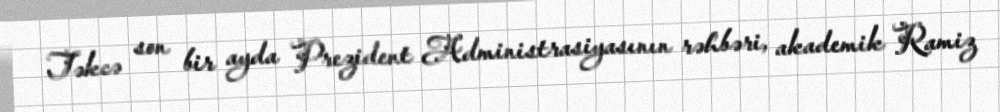
Təkcə son bir ayda Prezident Administrasiyasının rəhbəri, akademik Ramiz